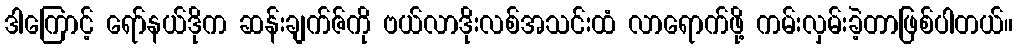
ဒါကြောင့် ရော်နယ်ဒိုက ဆန်းချက်ဇ်ကို ဗယ်လာဒိုးလစ်အသင်းထံ လာရောက်ဖို့ ကမ်းလှမ်းခဲ့တာဖြစ်ပါတယ်။